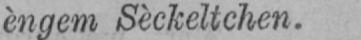
èngem Sèckeltchen.